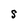
Character: S